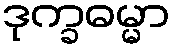
ဒုက္ခဓမ္မာ